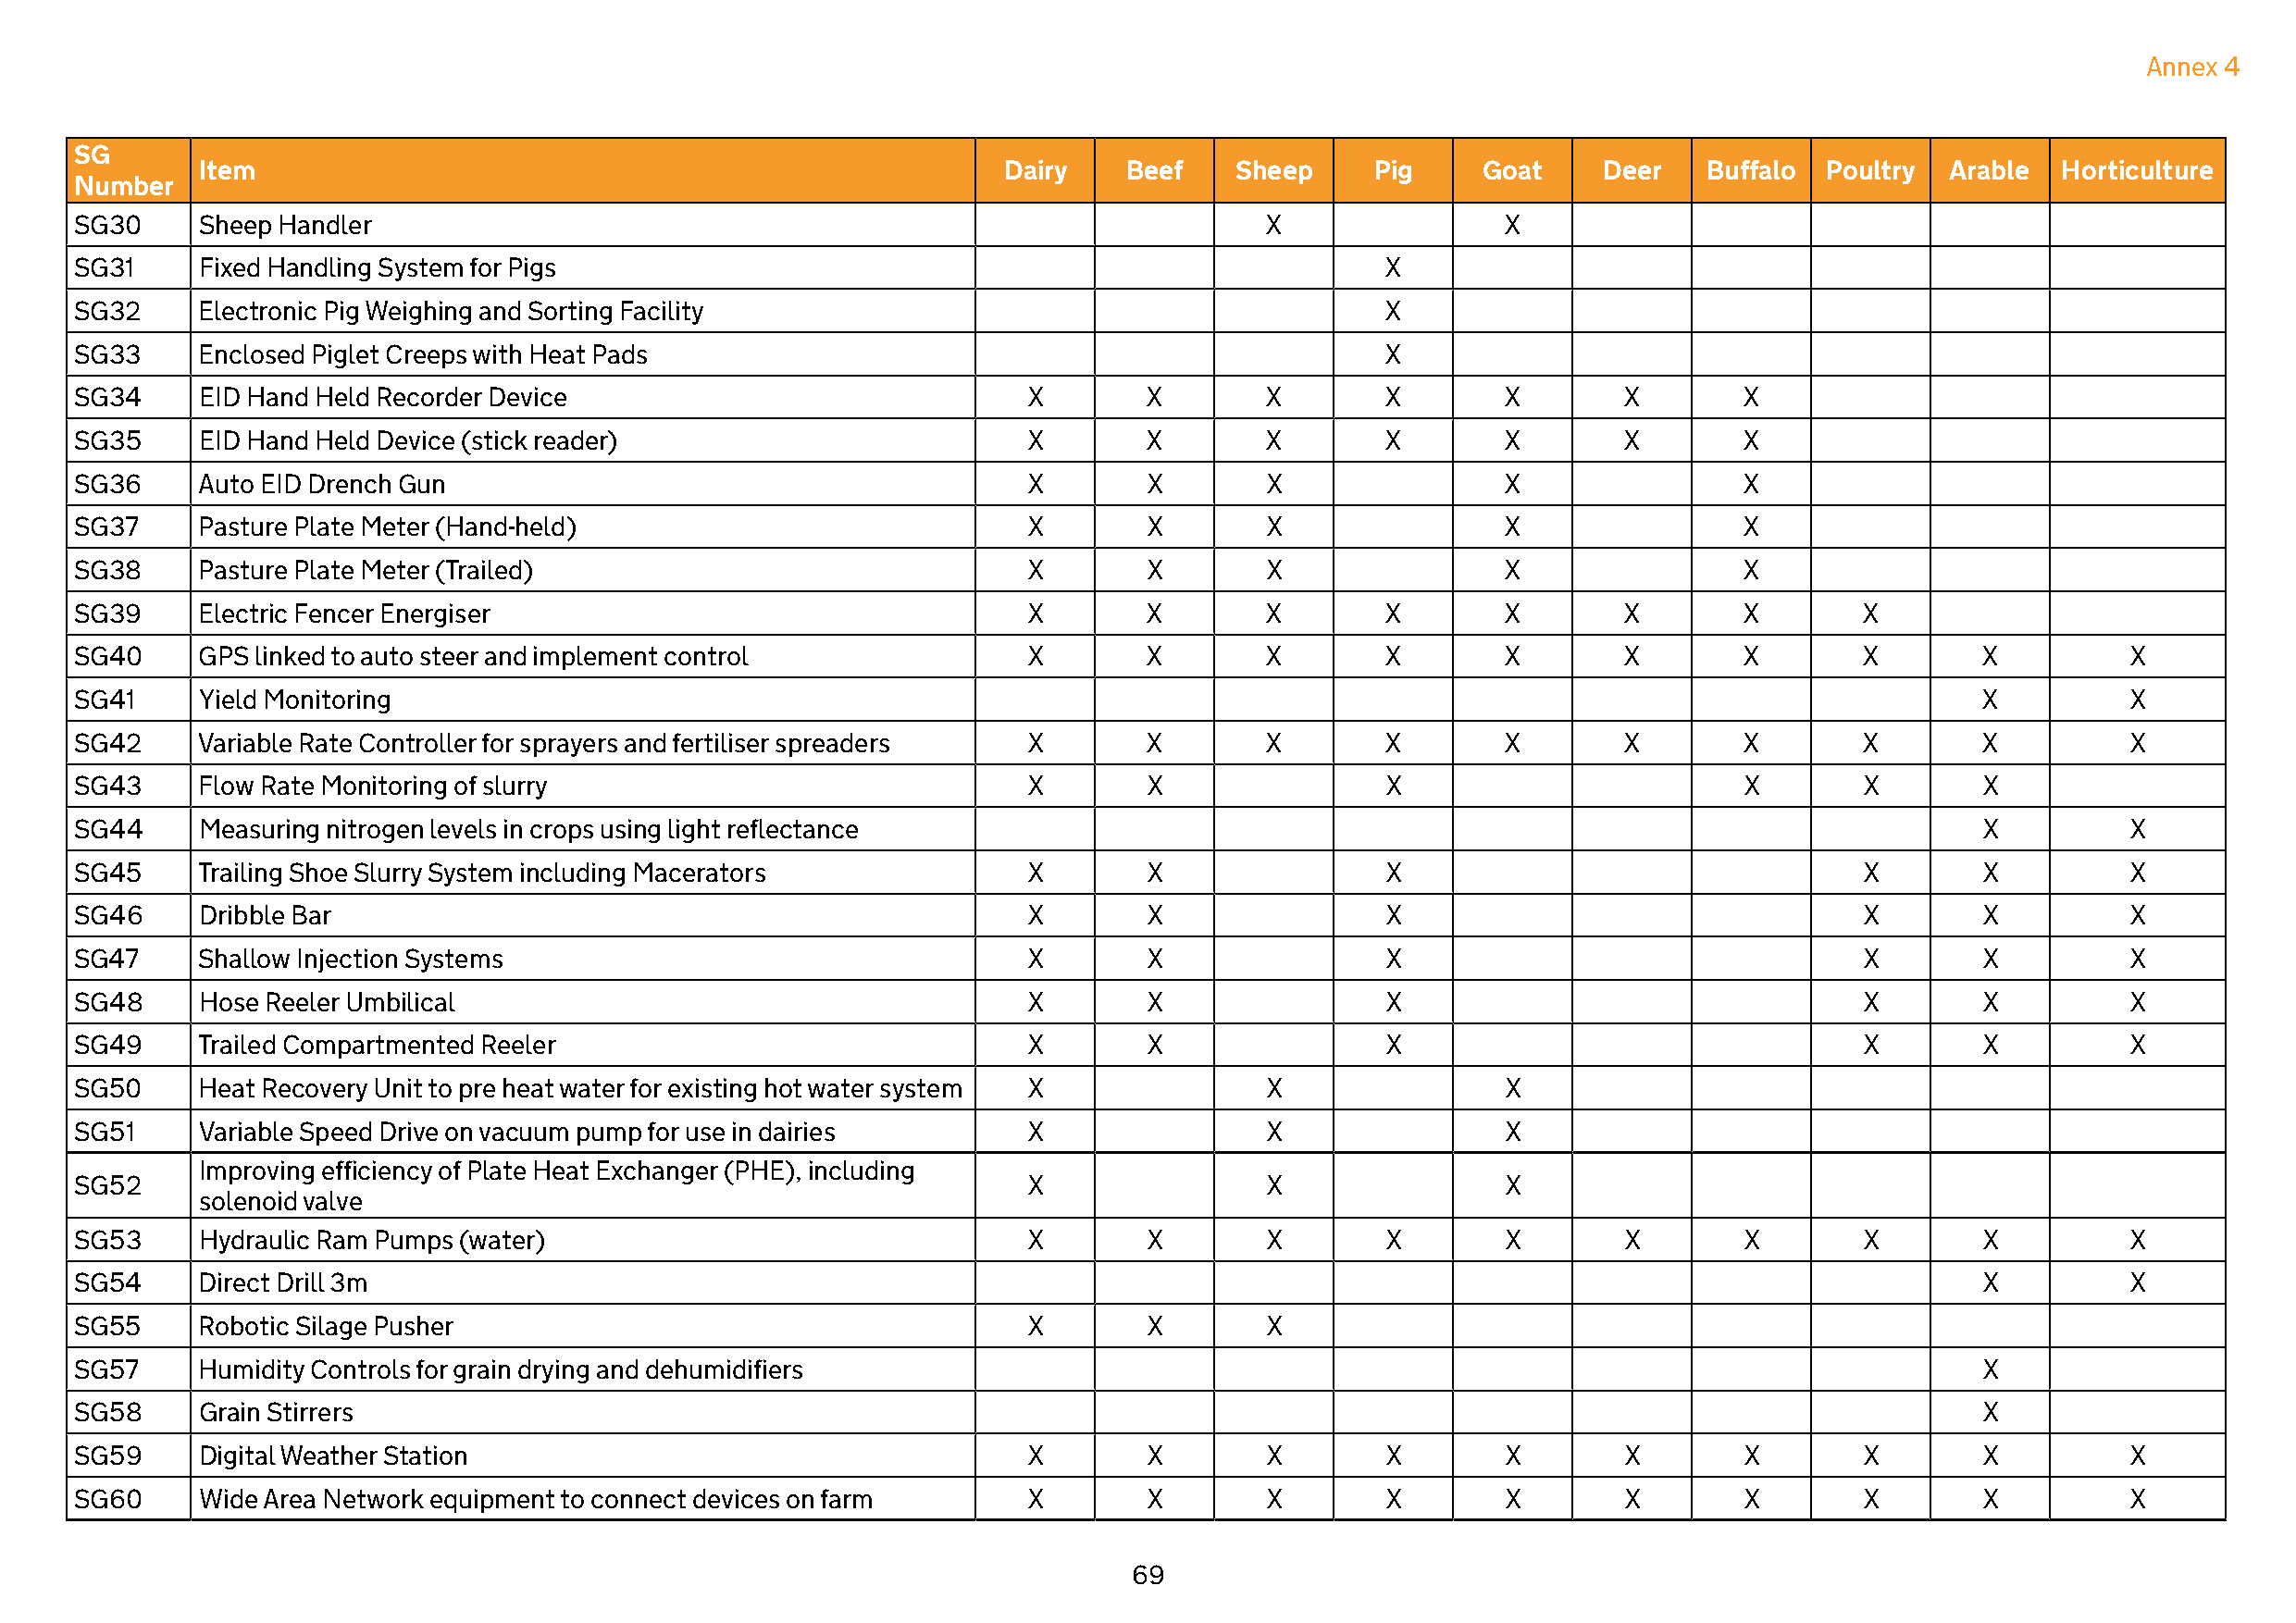
Annex 4
 SG
 Item                                                      Dairy    Beef   Sheep     Pig     Goat     Deer   Buffalo  Poultry Arable  Horticulture
 Number
 SG30     Sheep Handler                                                                X                X
 SG31     Fixed Handling System for Pigs                                                       X
 SG32     Electronic Pig Weighing and Sorting Facility                                         X
 SG33     Enclosed Piglet Creeps with Heat Pads                                                X
 SG34     EID Hand Held Recorder Device                               X       X        X       X        X       X        X
 SG35     EID Hand Held Device (stick reader)                         X       X        X       X        X       X        X
 SG36     Auto EID Drench Gun                                         X       X        X                X                X
 SG37     Pasture Plate Meter (Hand-held)                             X       X        X                X                X
 SG38     Pasture Plate Meter (Trailed)                               X       X        X                X                X
 SG39     Electric Fencer Energiser                                   X       X        X       X        X       X        X       X
 SG40     GPS linked to auto steer and implement control              X       X        X       X        X       X        X       X        X         X
 SG41     Yield Monitoring                                                                                                                X         X
 SG42     Variable Rate Controller for sprayers and fertiliser spreaders X    X        X       X        X       X        X       X        X         X
 SG43     Flow Rate Monitoring of slurry                              X       X                X                         X       X        X
 SG44     Measuring nitrogen levels in crops using light reflectance                                                                      X         X
 SG45     Trailing Shoe Slurry System including Macerators            X       X                X                                 X        X         X
 SG46     Dribble Bar                                                 X       X                X                                 X        X         X
 SG47     Shallow Injection Systems                                   X       X                X                                 X        X         X
 SG48     Hose Reeler Umbilical                                       X       X                X                                 X        X         X
 SG49     Trailed Compartmented Reeler                                X       X                X                                 X        X         X
 SG50     Heat Recovery Unit to pre heat water for existing hot water system X         X                X
 SG51     Variable Speed Drive on vacuum pump for use in dairies      X                X                X
 Improving efficiency of Plate Heat Exchanger (PHE), including
 SG52                                                                 X                X                X
 solenoid valve
 SG53     Hydraulic Ram Pumps (water)                                 X       X        X       X        X       X        X       X        X         X
 SG54     Direct Drill 3m                                                                                                                 X         X
 SG55     Robotic Silage Pusher                                       X       X        X
 SG57     Humidity Controls for grain drying and dehumidifiers                                                                            X
 SG58     Grain Stirrers                                                                                                                  X
 SG59     Digital Weather Station                                     X       X        X       X        X       X        X       X        X         X
 SG60     Wide Area Network equipment to connect devices on farm      X       X        X       X        X       X        X       X        X         X
 69